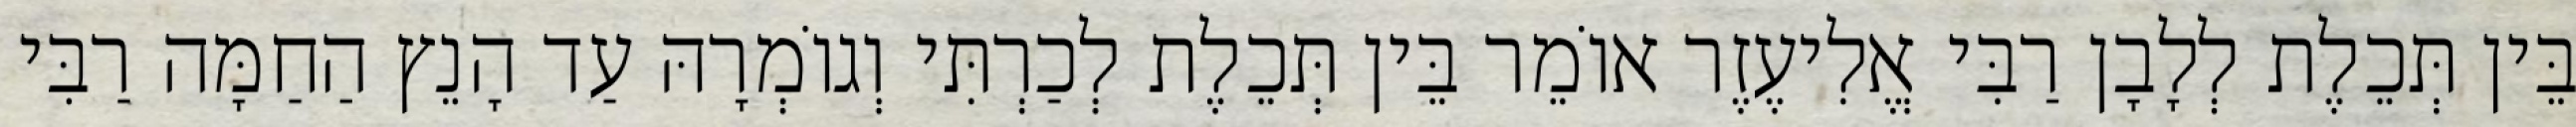
בֵּין תְּכֵלֶת לְלָבָן רַבִּי אֱלִיעֶזֶר אוֹמֵר בֵּין תְּכֵלֶת לְכַרְתִּי וְגוֹמְרָהּ עַד הָנֵץ הַחַמָּה רַבִּי